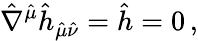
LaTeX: \hat{\nabla}^{\hat{\mu}}\hat{h}_{\hat{\mu}\hat{\nu}}=\hat{h}=0\, ,